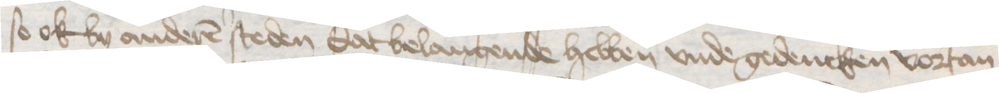
so ok by anderen steden dat belangende hebben vnde gedencken vortan